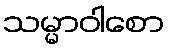
သမ္မာဝါစော